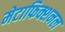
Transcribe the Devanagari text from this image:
मेटाफिक्शनल